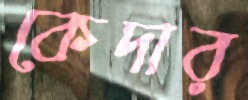
কেদার